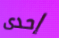
إحدى